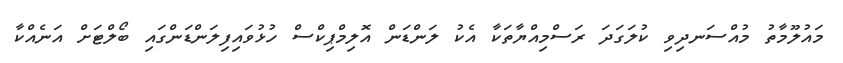
މައުލޫމާތު މުއްސަނދިވި ކުލަގަދަ ރަސްމިއްޔާތަކާ އެކު ލަންޑަން އޮލިމްޕިކްސް ހުޅުވައިފިލަންޑަންގައި ބޯލްޓަށް އަނެއްކާ